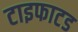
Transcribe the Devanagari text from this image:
टाइफाटड